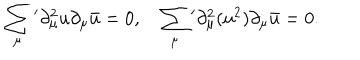
\sum _ { \mu } { } ^ { \prime } \partial _ { \mu } ^ { 2 } u \partial _ { \mu } \bar { u } = 0 , \quad \sum _ { \mu } { } ^ { \prime } \partial _ { \mu } ^ { 2 } ( u ^ { 2 } ) \partial _ { \mu } \bar { u } = 0 .